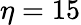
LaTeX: \eta=15